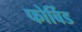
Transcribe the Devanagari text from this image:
फोर्बिड